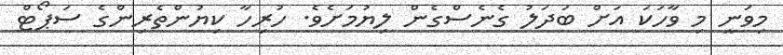
މިވަނީ މި ވާހަކަ އަށް ބަދަލު ގެނެސްގެން ލިޔުމަށެވެ. ހުރިހާ ކިޔުންތެރިންގެ ސަޕޯޓް